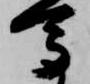
馬